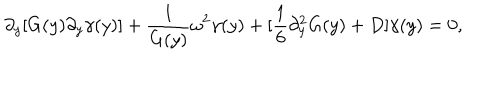
\partial _ { y } [ G ( y ) \partial _ { y } \gamma ( y ) ] + \frac { 1 } { G ( y ) } \omega ^ { 2 } \gamma ( y ) + [ \frac { 1 } { 6 } \partial _ { y } ^ { 2 } G ( y ) + D ] \gamma ( y ) = 0 ,